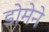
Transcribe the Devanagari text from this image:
डोमेने